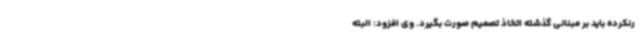
رنکرده باید بر مبنانی گذشته اتخاذ تصمیم صورت بگیرد. وی افزود: البته